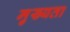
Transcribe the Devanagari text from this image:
मु़ख्यता